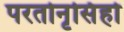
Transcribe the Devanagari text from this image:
परतोनृसिंहो